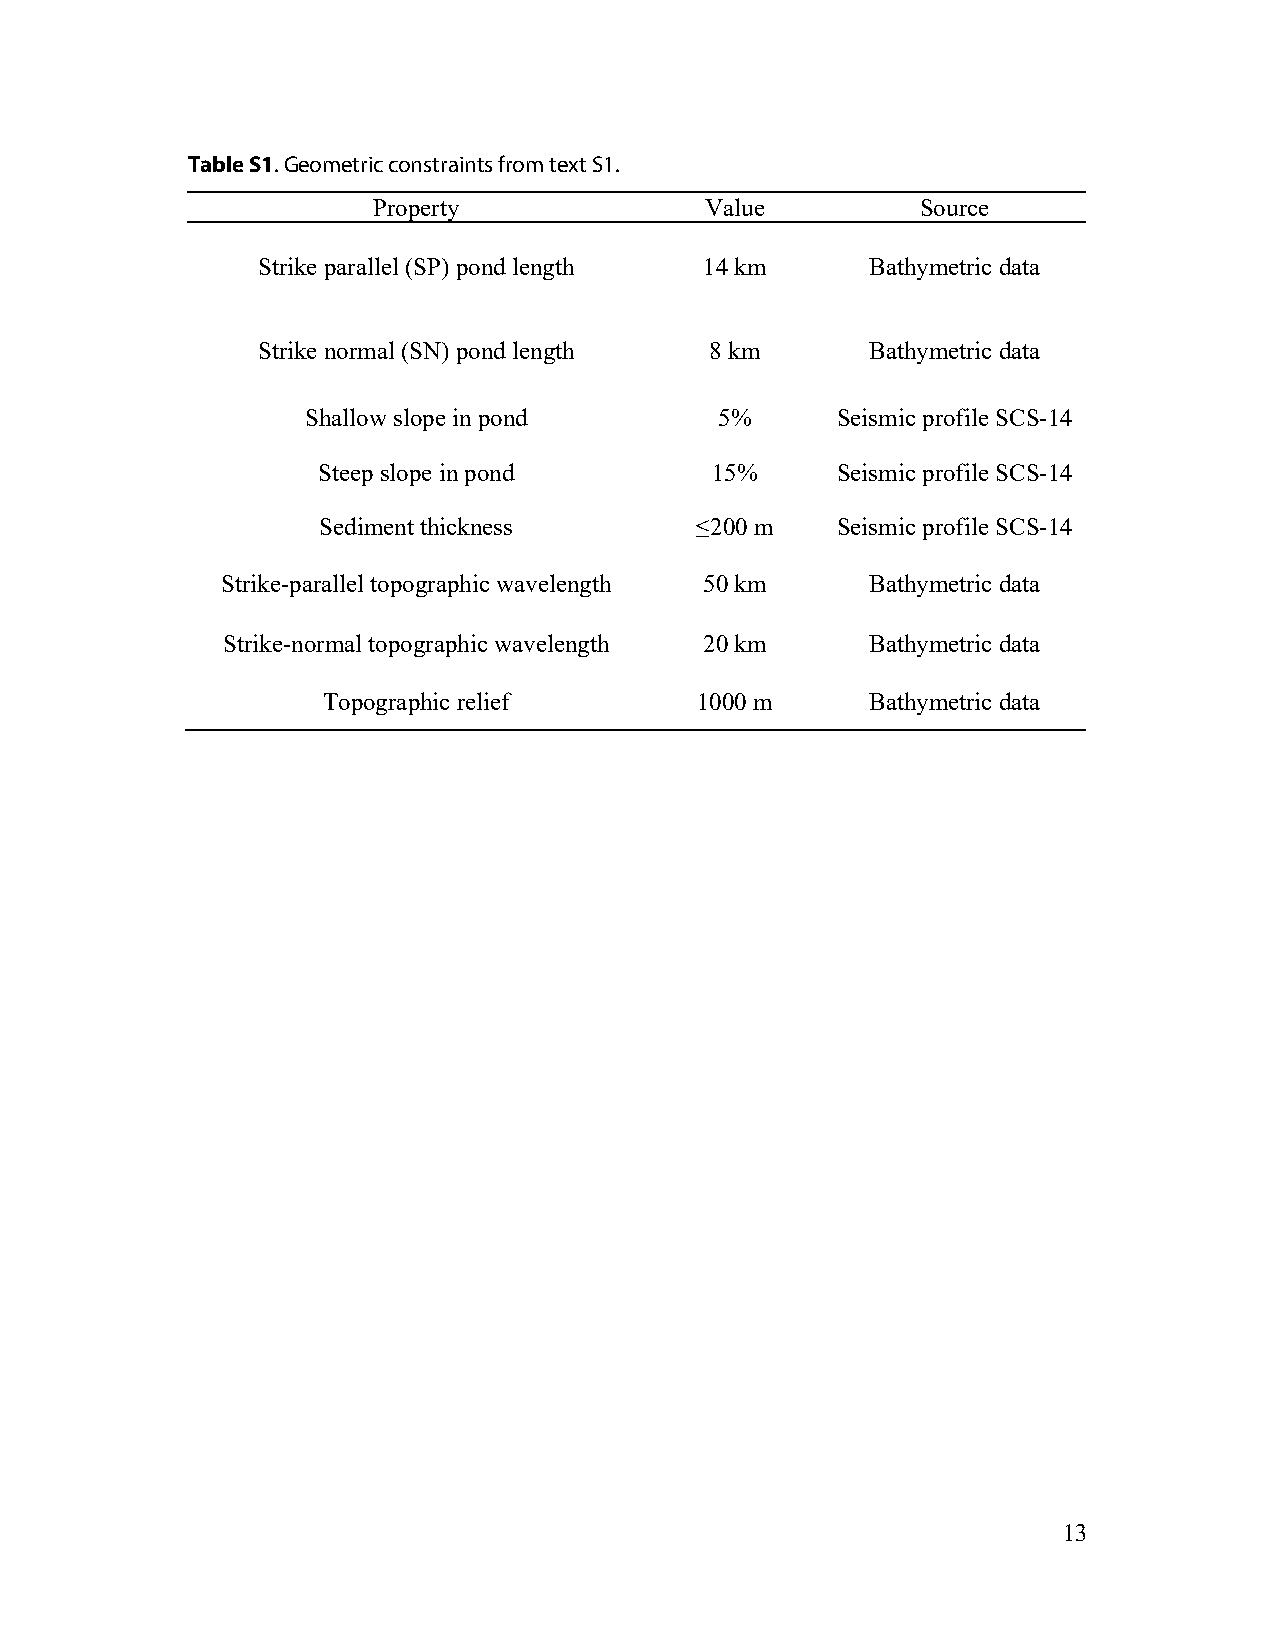
Table S1. Geometric constraints from text S1.
 Property              Value         Source
 Strike parallel (SP) pond length 14 km   Bathymetric data
 Strike normal (SN) pond length 8 km      Bathymetric data
 Shallow slope in pond       5%     Seismic profile SCS-14
 Steep slope in pond       15%     Seismic profile SCS-14
 Sediment thickness       ≤200 m   Seismic profile SCS-14
 Strike-parallel topographic wavelength 50 km Bathymetric data
 Strike-normal topographic wavelength 20 km Bathymetric data
 Topographic relief       1000 m      Bathymetric data
 13